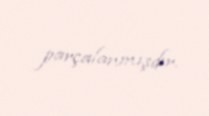
parçalanmışdır.